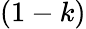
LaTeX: (1-k)